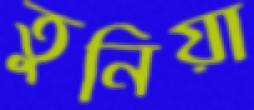
তুনিয়া